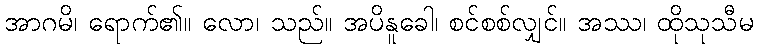
အာဂမိ၊ ရောက်၏။ လော၊ သည်။ အပိနူခေါ၊ စင်စစ်လျှင်။ အဿ၊ ထိုသုသီမ